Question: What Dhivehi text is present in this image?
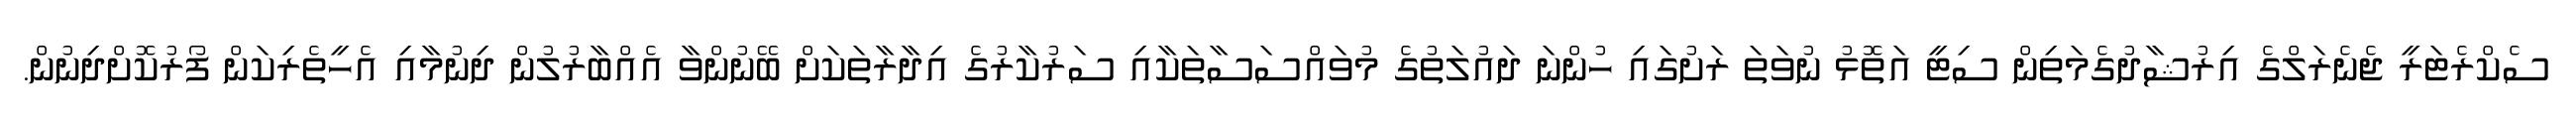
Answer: ސެކްރެޓަރީ ޖެނެރަލްގެ އިރުޝާދުގެމަތިން ސިޓީ އަތޮޅު ނުވަތަ ރަށުގައި ހުންނަ ދައުލަތުގެ މުވައްސަސާތަކާއި ސަރުކާރުގެ އިދާރާތަކަށް ބޭނުންވާ އެއްބާރުލުން ދިނުމާއި އެހީތެރިކަން ފޯރުކޮށްދިނުން.